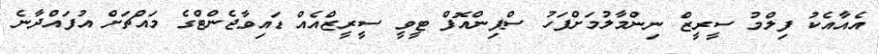
އެއާއެކު ފިލްމު ސީރީޒް ނިންމާލުމަށްފަހު ސްޕިންއޮފް ޓީވީ ސީރީޒްއެއް ޑައިވާޖެންޓްގެ މައްޗަށް އުފައްދާނެ